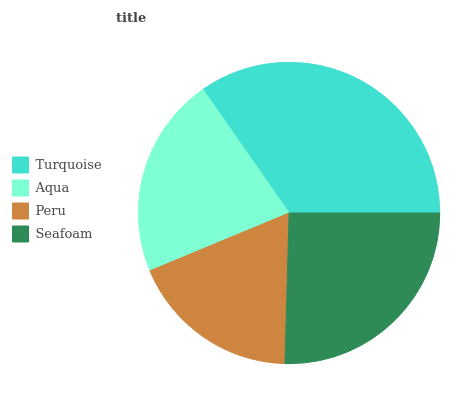
| Turquoise | Aqua | Peru | Seafoam |
 | --- | --- | --- | --- |
 | 34.7% | 21.6% | 18.3% | 25.4% |